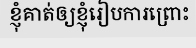
ខ្ញុំគាត់ឲ្យខ្ញុំរៀបការព្រោះ